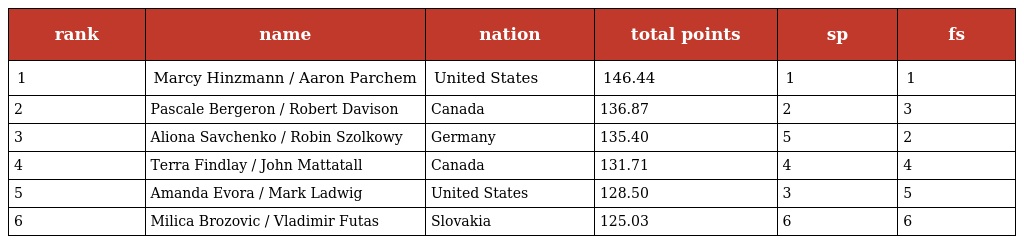
| rank | name | nation | total points | sp | fs |
 | --- | --- | --- | --- | --- | --- |
 | 1 | Marcy Hinzmann / Aaron Parchem | United States | 146.44 | 1 | 1 |
 | 2 | Pascale Bergeron / Robert Davison | Canada | 136.87 | 2 | 3 |
 | 3 | Aliona Savchenko / Robin Szolkowy | Germany | 135.40 | 5 | 2 |
 | 4 | Terra Findlay / John Mattatall | Canada | 131.71 | 4 | 4 |
 | 5 | Amanda Evora / Mark Ladwig | United States | 128.50 | 3 | 5 |
 | 6 | Milica Brozovic / Vladimir Futas | Slovakia | 125.03 | 6 | 6 |